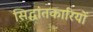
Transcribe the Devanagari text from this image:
सिद्धांतकारियों